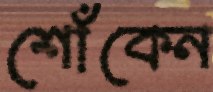
শোঁকেন